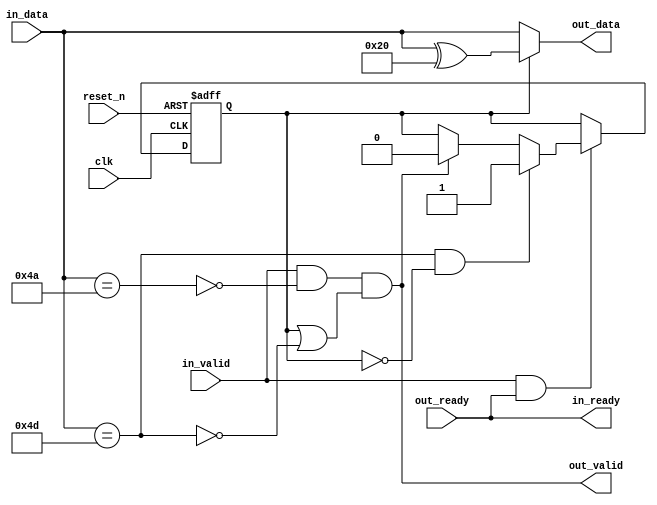
// (C) 2001-2017 Intel Corporation. All rights reserved.
// Your use of Intel Corporation's design tools, logic functions and other 
// software and tools, and its AMPP partner logic functions, and any output 
// files any of the foregoing (including device programming or simulation 
// files), and any associated documentation or information are expressly subject 
// to the terms and conditions of the Intel Program License Subscription 
// Agreement, Intel MegaCore Function License Agreement, or other applicable 
// license agreement, including, without limitation, that your use is for the 
// sole purpose of programming logic devices manufactured by Intel and sold by 
// Intel or its authorized distributors.  Please refer to the applicable 
// agreement for further details.


// --------------------------------------------------------------------------------
//| Avalon ST Idle Remover 
// --------------------------------------------------------------------------------

`timescale 1ns / 100ps
module altera_avalon_st_idle_remover (

      // Interface: clk
      input              clk,
      input              reset_n,
      // Interface: ST in
      output reg         in_ready,
      input              in_valid,
      input      [7: 0]  in_data,

      // Interface: ST out 
      input              out_ready,
      output reg         out_valid,
      output reg [7: 0]  out_data
);

   // ---------------------------------------------------------------------
   //| Signal Declarations
   // ---------------------------------------------------------------------

   reg  received_esc;
   wire escape_char, idle_char;

   // ---------------------------------------------------------------------
   //| Thingofamagick
   // ---------------------------------------------------------------------

   assign idle_char = (in_data == 8'h4a);
   assign escape_char = (in_data == 8'h4d);

   always @(posedge clk or negedge reset_n) begin
      if (!reset_n) begin
         received_esc <= 0; 
      end else begin
         if (in_valid & in_ready) begin
            if (escape_char & ~received_esc) begin
                 received_esc <= 1;
            end else if (out_valid) begin
                 received_esc <= 0;
            end
         end
      end
   end

   always @* begin
      in_ready = out_ready;
      //out valid when in_valid.  Except when we get idle or escape
      //however, if we have received an escape character, then we are valid
      out_valid = in_valid & ~idle_char & (received_esc | ~escape_char);
      out_data = received_esc ? (in_data ^ 8'h20) : in_data;
   end
endmodule